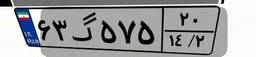
۶۳گ۵۷۵۲۰